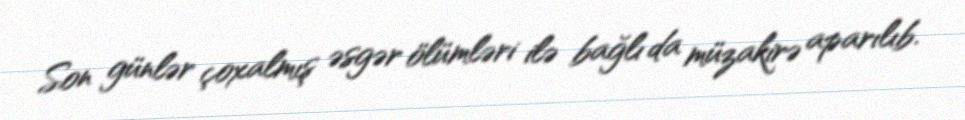
Son günlər çoxalmış əsgər ölümləri ilə bağlı da müzakirə aparılıb.